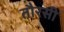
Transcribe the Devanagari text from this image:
तौरसी